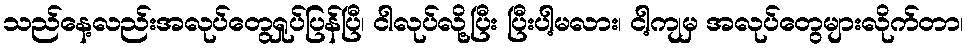
သည်နေ့လည်းအလုပ်တွေရှုပ်ပြန်ပြီ၊ ငါလုပ်လို့ပြီး ပြီးပါ့မလား၊ ငါ့ကျမှ အလုပ်တွေများလိုက်တာ၊